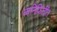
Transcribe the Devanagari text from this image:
ध्वनिफितींत